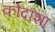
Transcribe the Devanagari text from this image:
कोदांशा